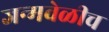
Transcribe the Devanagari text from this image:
जन्मवेळीच